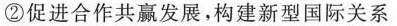
②促进合作共赢发展，构建新型国际关系